Indian journal of veterinary science and animal husbandry - Volume 1,
Year: 1931
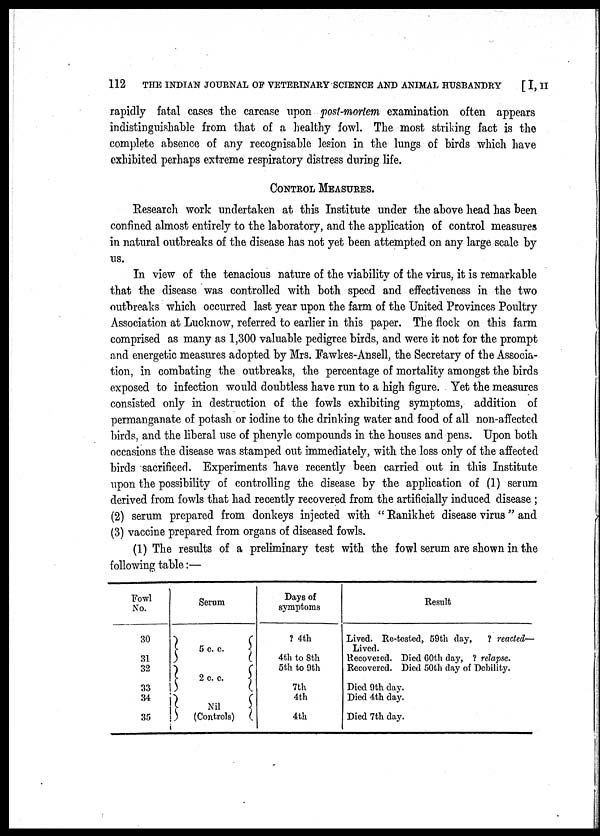
112
THE INDIAN JOURNAL OF VETERINARY SCIENCE AND ANIMAL HUSBANDRY
[ I, II
rapidly fatal cases the carcase upon post-mortem examination often appears
indistinguishable from that of a healthy fowl. The most striking fact is the
complete absence of any recognisable lesion in the lungs of birds which have
exhibited perhaps extreme respiratory distress during life.
CONTROL MEASURES.
Research work undertaken at this Institute under the above head has been
confined almost entirely to the laboratory, and the application of control measures
in natural outbreaks of the disease has not yet been attempted on any large scale by
us.
In view of the tenacious nature of the viability of the virus, it is remarkable
that the disease was controlled with both speed and effectiveness in the two
outbreaks which occurred last year upon the farm of the United Provinces Poultry
Association at Lucknow, referred to earlier in this paper. The flock on this farm
comprised as many as 1,300 valuable pedigree birds, and were it not for the prompt
and energetic measures adopted by Mrs. Fawkes-Ansell, the Secretary of the Associa-
tion, in combating the outbreaks, the percentage of mortality amongst the birds
exposed to infection would doubtless have run to a high figure. Yet the measures
consisted only in destruction of the fowls exhibiting symptoms, addition of
permanganate of potash or iodine to the drinking water and food of all non-affected
birds, and the liberal use of phenyle compounds in the houses and pens. Upon both
occasions the disease was stamped out immediately, with the loss only of the affected
birds sacrificed. Experiments have recently been carried out in this Institute
upon the possibility of controlling the disease by the application of (1) serum
derived from fowls that had recently recovered from the artificially induced disease ;
(2) serum prepared from donkeys injected with "Ranikhet disease virus" and
(3) vaccine prepared from organs of diseased fowls.
(1) The results of a preliminary test with the fowl serum are shown in the
following table:—
Fowl
No.
30
31
32
33
34
35
}
}
}
Serum
5 c. c.
2 c. c.
Nil
(Controls)
{
{
{
Days of
symptoms
? 4th
4th to 8th
5th to 9th
7th
4th
4th
Result
Lived. Re-tested, 59th day,
? reacted—
Lived.
Recovered. Died 60th day, ? relapse.
Recovered. Died 50th day of Debility.
Died 9th day.
Died 4th day.
Died 7th day.